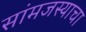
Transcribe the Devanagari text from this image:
सांमजस्याचा